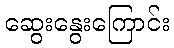
ဆွေးနွေးကြောင်း